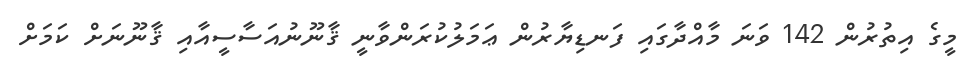
މީގެ އިތުރުން 142 ވަނަ މާއްދާގައި ފަނޑިޔާރުން ޢަމަލުކުރަންވާނީ ޤާނޫނުއަސާސީއާއި ޤާނޫނަށް ކަމަށް